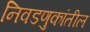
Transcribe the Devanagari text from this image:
निवडणुकांतील